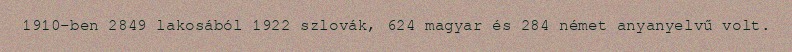
1910-ben 2849 lakosából 1922 szlovák, 624 magyar és 284 német anyanyelvű volt.